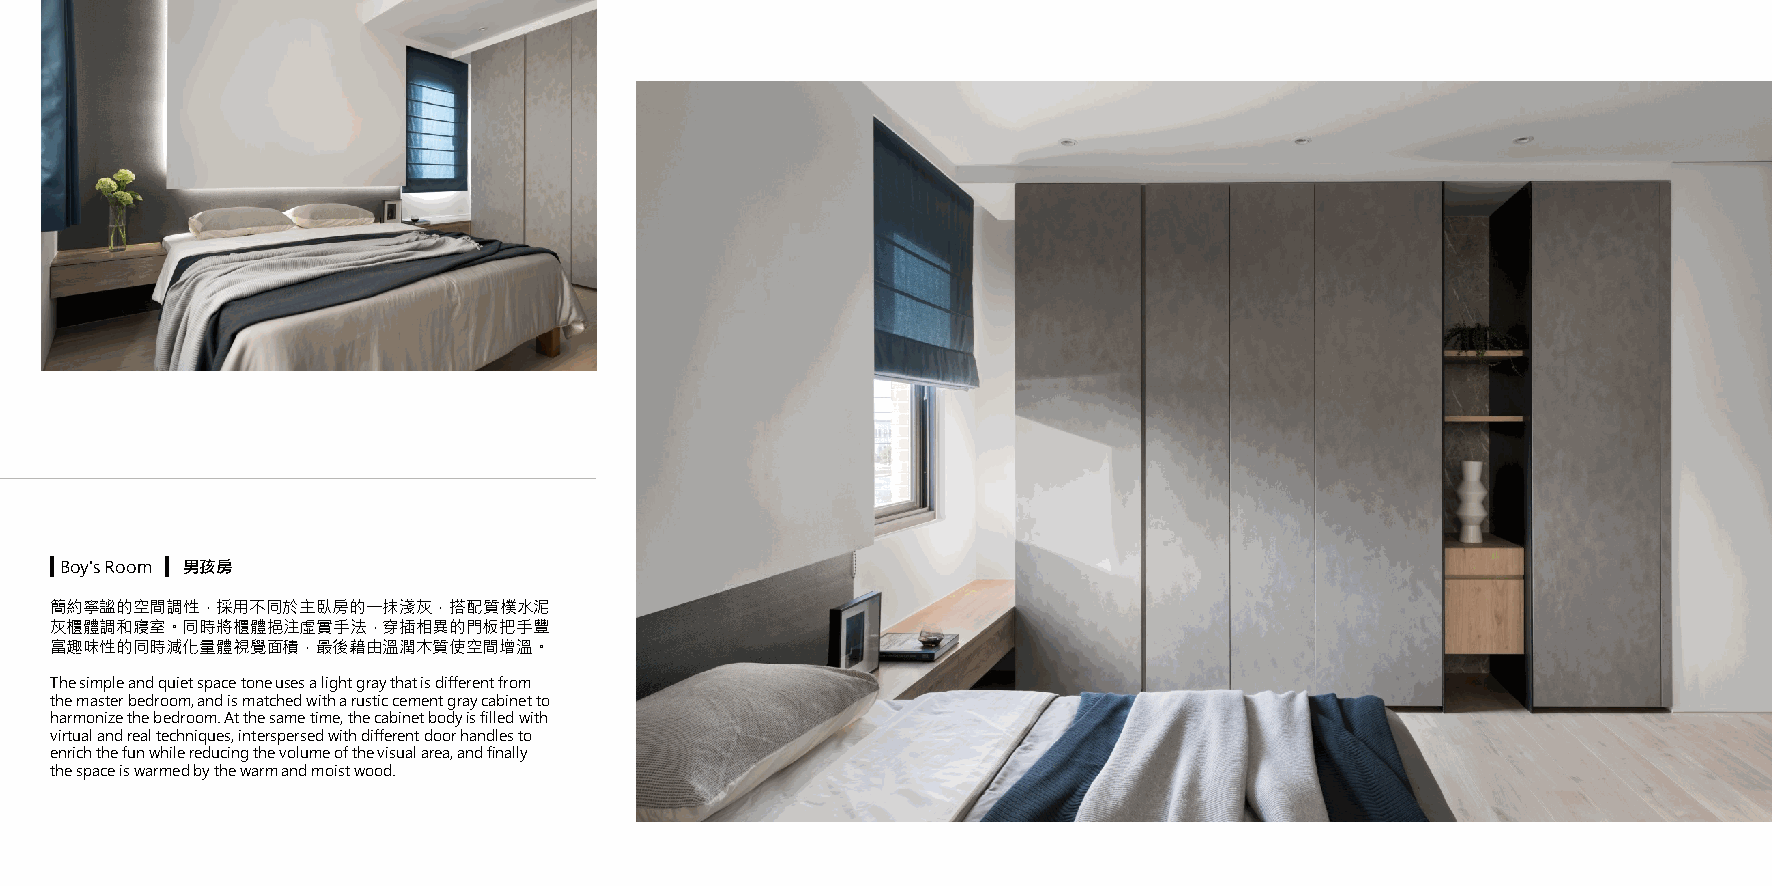
▍Boy's Room ▍ 男孩房
 簡約寧謐的空間調性，採用不同於主臥房的一抹淺灰，搭配質樸水泥
 灰櫃體調和寢室。同時將櫃體挹注虛實手法，穿插相異的門板把手豐
 富趣味性的同時減化量體視覺面積，最後藉由溫潤木質使空間增溫。
 The simple and quiet space tone uses a light gray that is different from
 the master bedroom, and is matched with a rustic cement gray cabinet to
 harmonize the bedroom. At the same time, the cabinet body is filled with
 virtual and real techniques, interspersed with different door handles to
 enrich the fun while reducing the volume of the visual area, and finally
 the space is warmed by the warm and moist wood.